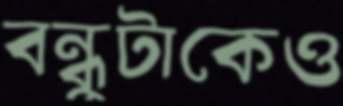
বন্ধুটাকেও